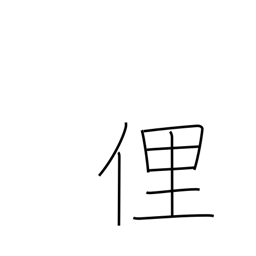
Meaning: ill mannered